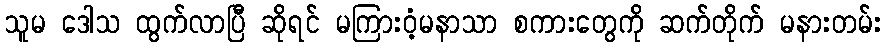
သူမ ဒေါသ ထွက်လာပြီ ဆိုရင် မကြားဝံ့မနာသာ စကားတွေကို ဆက်တိုက် မနားတမ်း